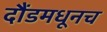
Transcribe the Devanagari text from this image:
दौंडमधूनच